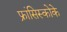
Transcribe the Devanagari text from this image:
फ्रांसिस्कोके